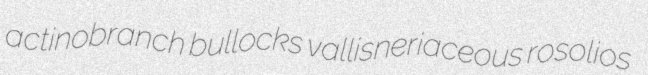
actinobranch bullocks vallisneriaceous rosolios